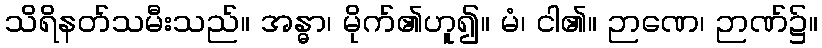
သိရိနတ်သမီးသည်။ အန္ဓာ၊ မိုက်၏ဟူ၍။ မံ၊ ငါ၏။ ဉာဏေ၊ ဉာဏ်၌။